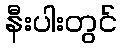
နီးပါးတွင်